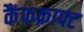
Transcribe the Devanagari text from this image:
कैंफक्राफ्ट